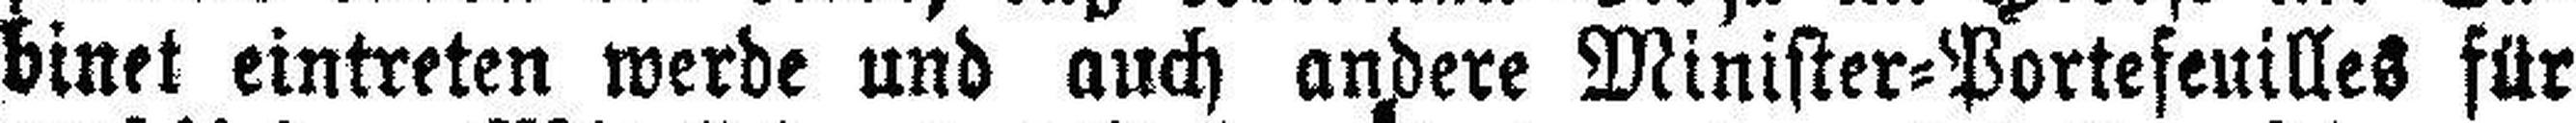
binet eintreten werde und auch andere Minister=Portefeuilles für